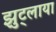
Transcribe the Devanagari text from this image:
झुट्लाया